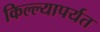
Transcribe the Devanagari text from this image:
किल्ल्यापर्यत